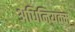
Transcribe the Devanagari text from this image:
अधिनियक्म